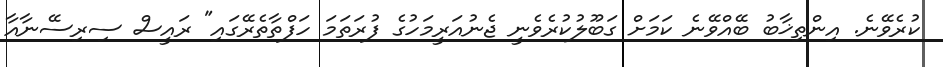
ކުރެވޭނެ. އިންތިޚާބު ބޭއްވޭނެ ކަމަށް ގަބޫލުކުރެވެނީ ޖެނުއަރީމަހުގެ ފުރަތަމަ ހަފްތާތެރޭގައި" ރައީސް ސިރިސޭނާއާ